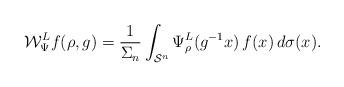
LaTeX: \begin{align*}\mathcal W_\Psi^L f(\rho,g)=\frac{1}{\Sigma_n}\int_{\mathcal S^n}\Psi_\rho^L(g^{-1}x)\,f(x)\,d\sigma(x).\end{align*}